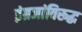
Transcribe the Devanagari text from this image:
इंग्रजांविरूद्ध